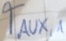
Text: TAUX,1